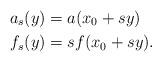
LaTeX: \begin{align*}a_s(y)&= a(x_0+sy)\\f_s(y)&= sf(x_0+sy).\end{align*}